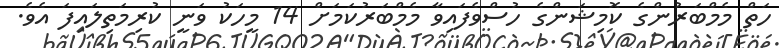
ހަތް މެމްބަރުންގެ ކޮމިޝަންގެ ހުސްވެފައިވާ މެމްބަރުކަމަށް 14 މީހަކު ވަނީ ކުރިމަތިލައިފަ އެވެ.